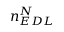
n _ { E D L } ^ { N }